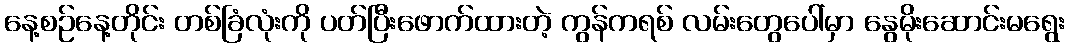
နေ့စဉ်နေ့တိုင်း တစ်ခြံလုံးကို ပတ်ပြီးဖောက်ထားတဲ့ ကွန်ကရစ် လမ်းတွေပေါ်မှာ နွေမိုးဆောင်းမရွေး